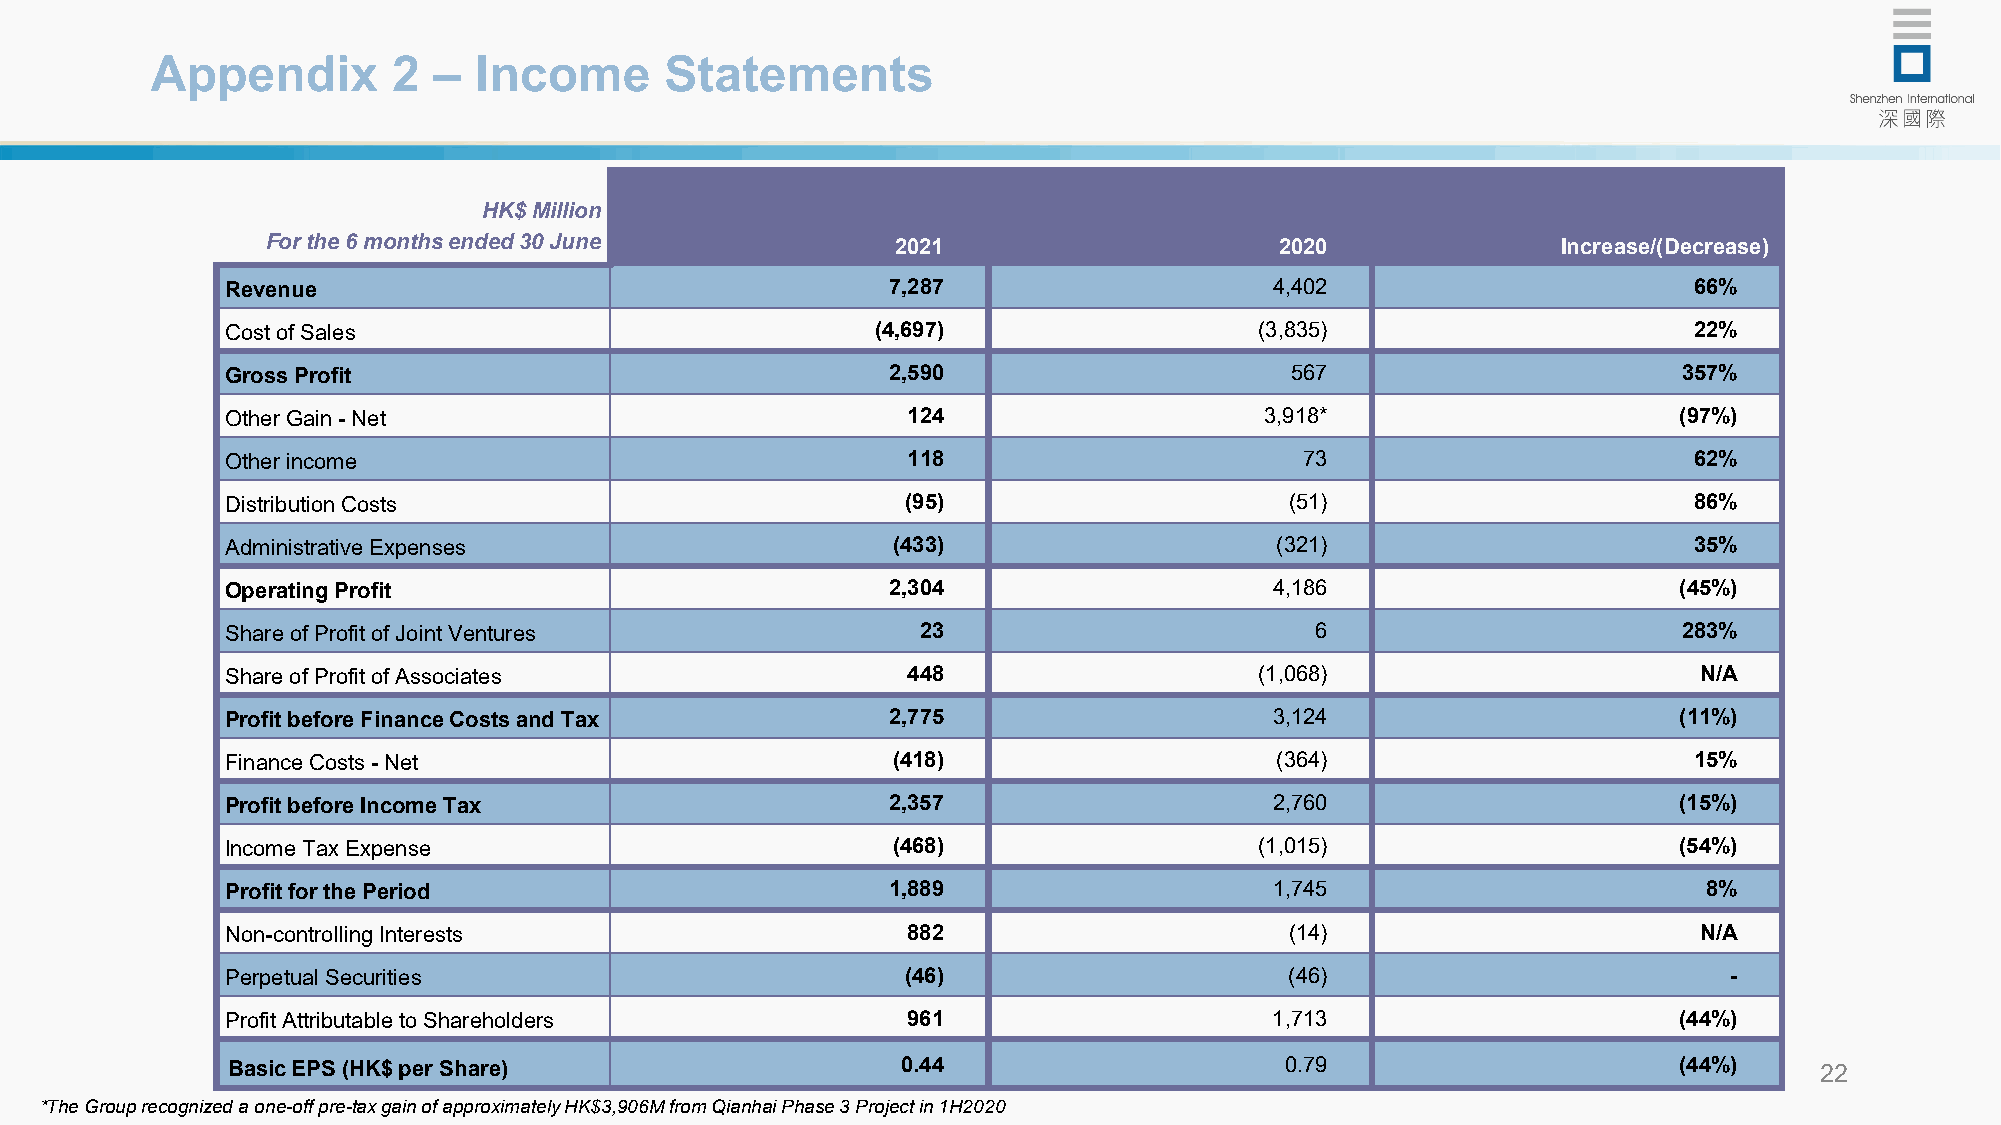
Appendix        2  – Income       Statements
 HK$ Million
 For the 6 months ended 30 June           2021                      2020              Increase/(Decrease)
 Revenue                                     7,287                    4,402                       66%
 Cost of Sales                              (4,697)                  (3,835)                      22%
 Gross Profit                                2,590                     567                       357%
 Other Gain -Net                              124                     3,918*                     (97%)
 Other income                                 118                       73                        62%
 Distribution Costs                           (95)                     (51)                       86%
 Administrative Expenses                     (433)                    (321)                       35%
 Operating Profit                            2,304                    4,186                      (45%)
 Share of Profit of Joint Ventures             23                        6                       283%
 Share of Profit of Associates                448                    (1,068)                      N/A
 Profit before Finance Costs and Tax         2,775                    3,124                      (11%)
 Finance Costs -Net                          (418)                    (364)                       15%
 Profit before Income Tax                    2,357                    2,760                      (15%)
 Income Tax Expense                          (468)                   (1,015)                     (54%)
 Profit for the Period                       1,889                    1,745                        8%
 Non-controlling Interests                    882                      (14)                       N/A
 Perpetual Securities                         (46)                     (46)                         -
 Profit Attributable to Shareholders          961                     1,713                      (44%)
 Basic EPS (HK$ per Share)                    0.44                     0.79                      (44%)    22
 *The Group recognized a one-off pre-tax gain of approximately HK$3,906M from Qianhai Phase 3 Project in 1H2020